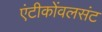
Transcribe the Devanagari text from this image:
एंटीकोंवलसंट